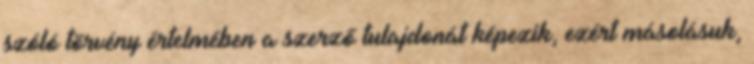
szóló törvény értelmében a szerző tulajdonát képezik, ezért másolásuk,